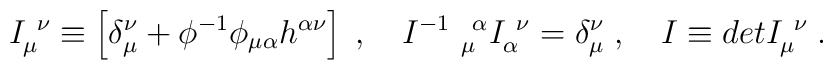
I_{\mu}^{\ \nu}\equiv \left[ \delta_\mu^\nu + \phi^{-1}\phi_{\mu\alpha}h^{\alpha\nu}\right] \;,\quad I^{-1}\ _\mu^{\ \alpha} I_\alpha^{\ \nu} =\delta_\mu^\nu \;,\quad I\equiv detI_\mu^{\ \nu}\; .